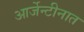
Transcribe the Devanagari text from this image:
आर्जेन्टीनात